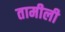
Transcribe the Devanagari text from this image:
तामीली